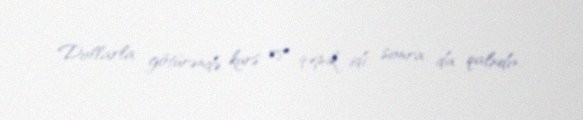
Dollarla götürəndə kurs 78 qəpik idi, sonra da qalxdı».